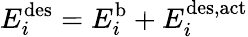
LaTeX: E_{i}^{\mathrm{{des}}}=E_{i}^{\mathrm{{b}}}+E_{i}^{\mathrm{{des,act}}}